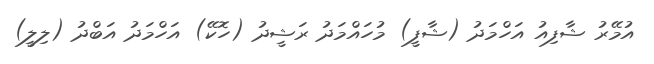
އުމޭރު ޝާފިއު އަހްމަދު (ޝާފީ) މުހައްމަދު ރަޝީދު (ހޮކޭ) އަހްމަދު އަބްދު (ލިލީ)